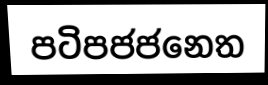
පටිපජජනෙත